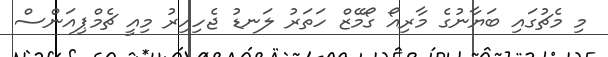
މި މެޗުގައި ބަޔާނުގެ މާރިއޯ ގޯމޭޒް ހަތަރު ލަނޑު ޖެހިއިރު މިއީ ޗެމްޕިއަންސް